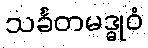
သင်္ခတမဒ္ဓုဝံ